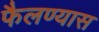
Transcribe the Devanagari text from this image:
फैलण्यास